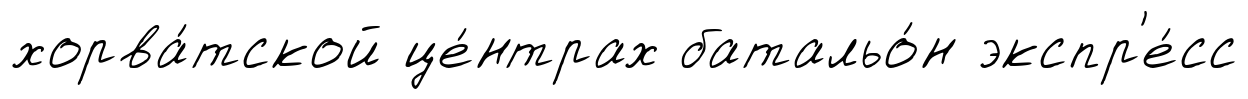
хорва́тской це́нтрах батальо́н экспр'е́сс